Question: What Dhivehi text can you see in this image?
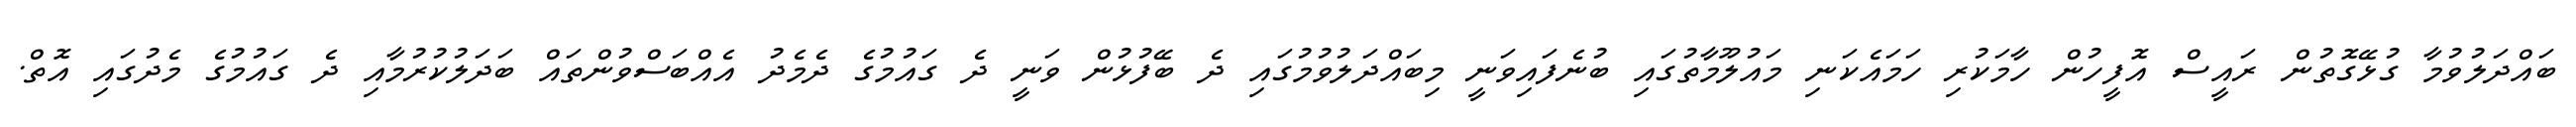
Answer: ބައްދަލުވުމާ ގުޅޭގޮތުން ރައީސް އޮފީހުން ހާމަކުރި ހަމައެކަނި މައުލޫމާތުގައި ބުނެފައިވަނީ މިބައްދަލުވުމުގައި ދެ ބޭފުޅުން ވަނީ ދެ ގައުމުގެ ދެމެދު އެއްބަސްވުންތައް ބަދަލުކުރުމާއި ދެ ގައުމުގެ މެދުގައި އޮތް.